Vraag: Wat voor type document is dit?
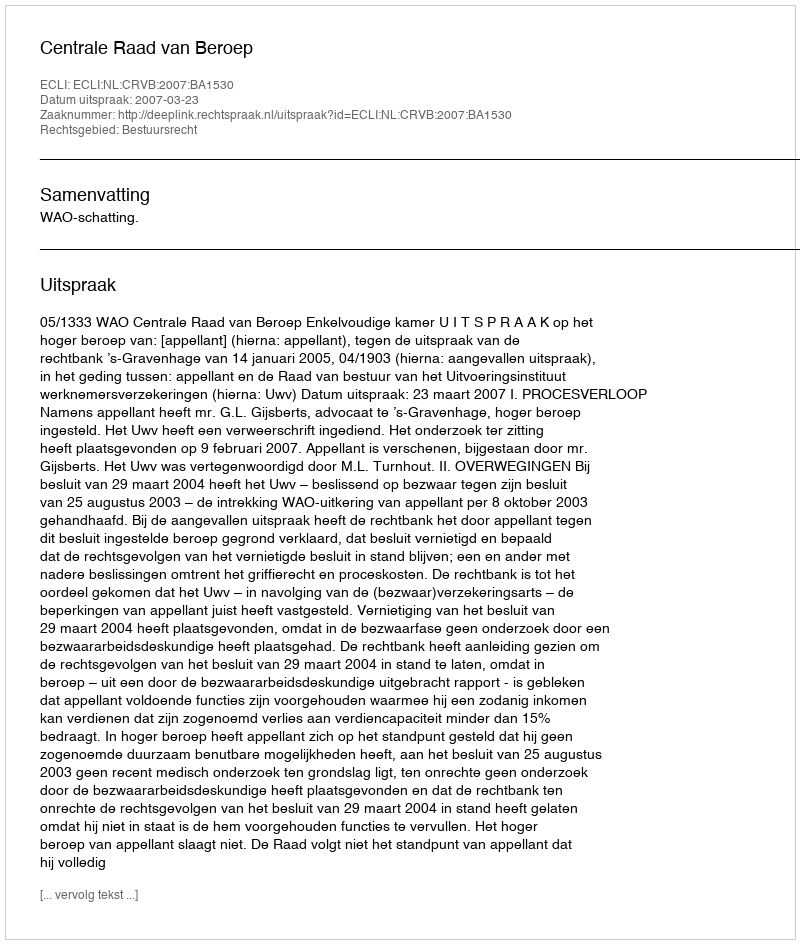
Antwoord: Uitspraak